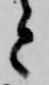
と